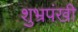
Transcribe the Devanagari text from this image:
शुभ्रपंखी